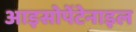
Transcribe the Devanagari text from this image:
आइसोपेंटेनाइल